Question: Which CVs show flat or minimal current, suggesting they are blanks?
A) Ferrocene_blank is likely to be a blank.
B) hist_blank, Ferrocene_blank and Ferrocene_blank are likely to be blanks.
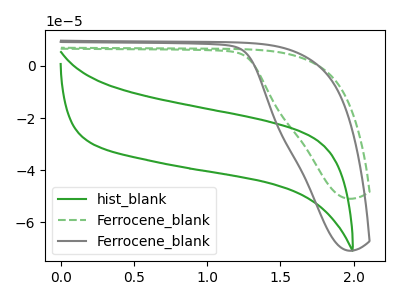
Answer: <think>The green curve "hist_blank" has no peaks. The green dashed curve "Ferrocene_blank" has no peaks. The gray curve "Ferrocene_blank" has no peaks.</think>
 <answer>B) "hist_blank", "Ferrocene_blank" and "Ferrocene_blank" are likely to be blanks.</answer>
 <eval>B</eval>